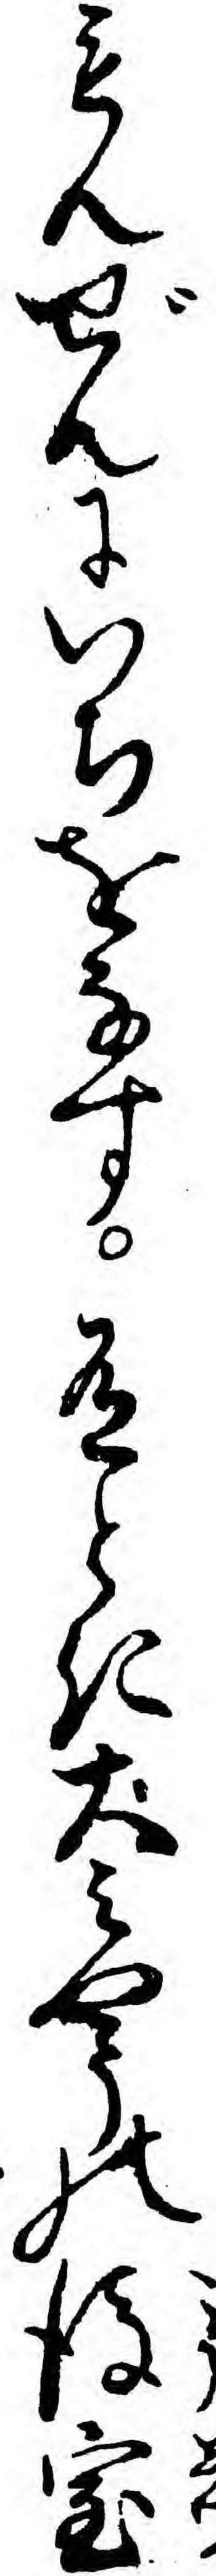
もんぜんにいちをなす有とき大ミやうの後室